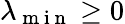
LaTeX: \lambda_{\mathrm{~m~i~n~}}\ge 0